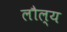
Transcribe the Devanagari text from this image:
लौल्य